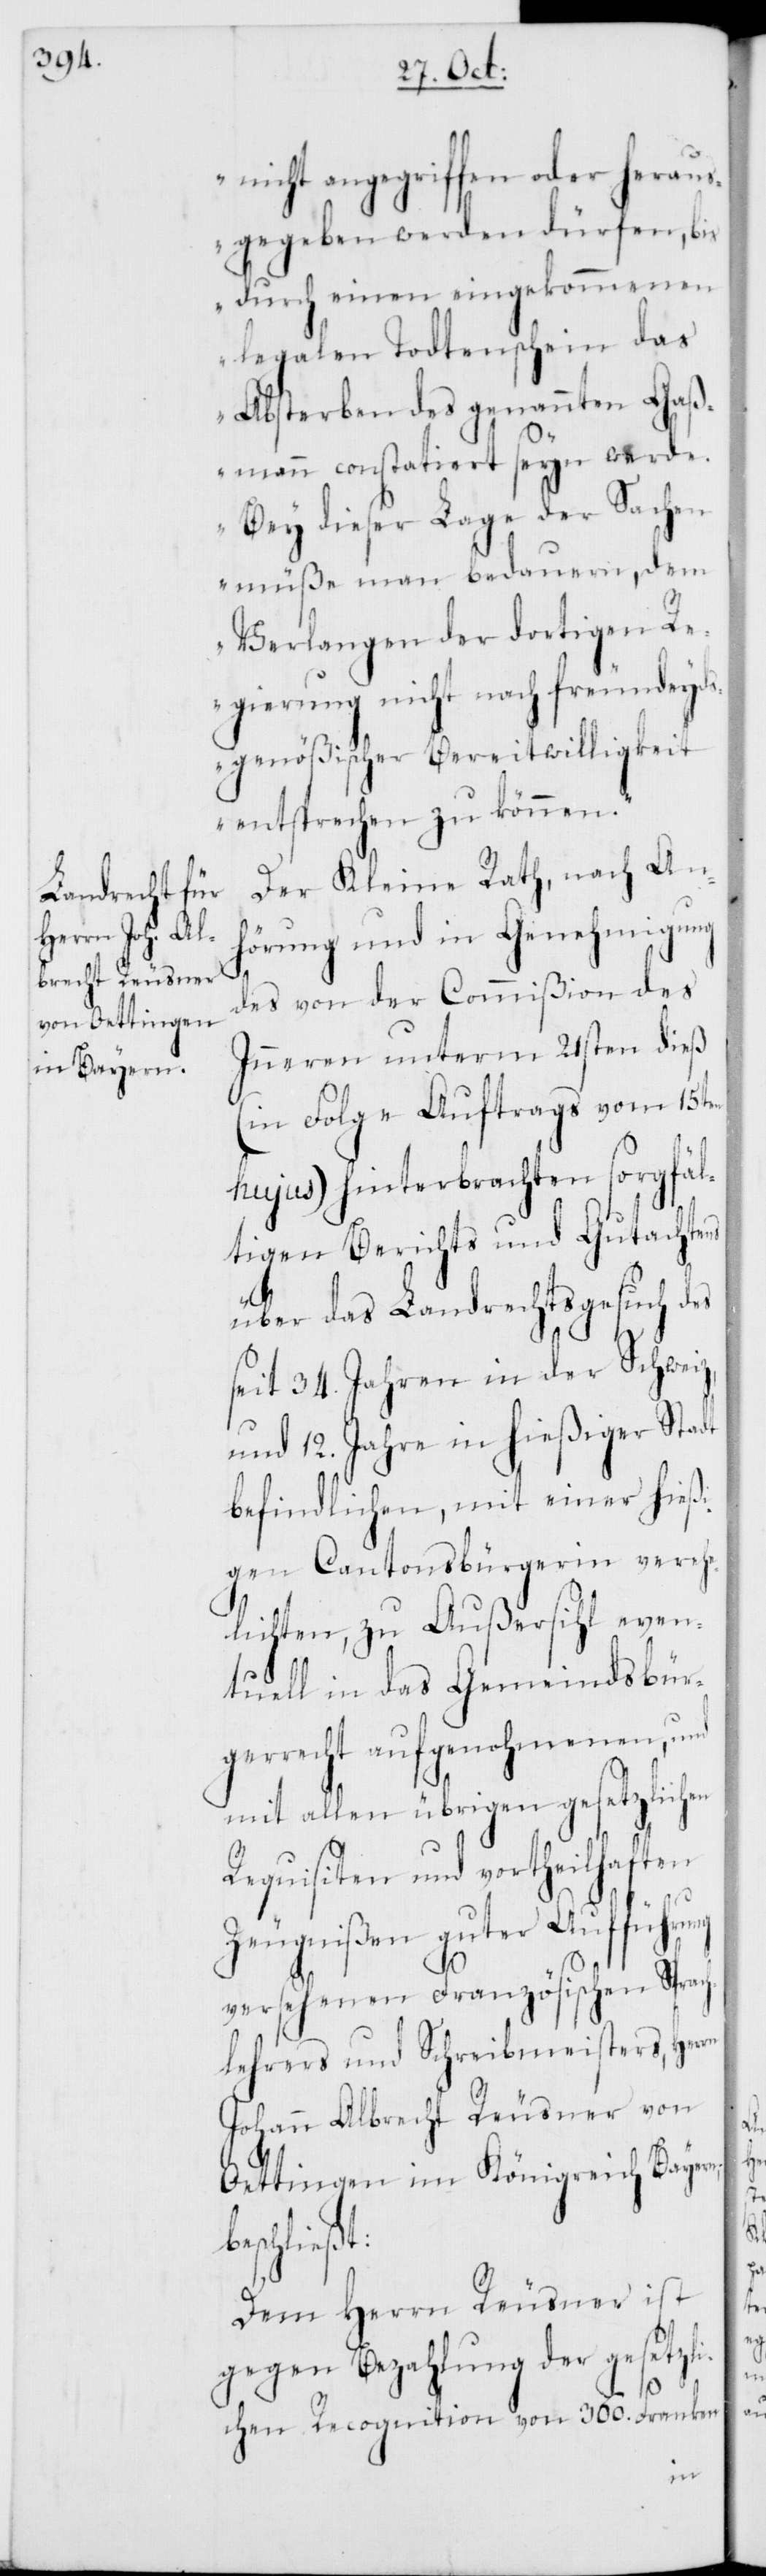
nicht angegriffen oder heraus¬
gegeben werden dürfen, bis
durch einen eingekommenen
legalen Todtenschein das
Absterben des genannten Gaß¬
mann constatiert seyn werde.
Bey dieser Lage der Sachen
müße man bedauern, dem
Verlangen der dortigen Re¬
gierung nicht nach freundeyd¬
sgenößischer Bereitwilligkeit
entsprechen zu können.
Der Kleine Rath, nach An¬
hörung und in Genehmigung
des von der Commißion des
Inneren unterm 21sten dieß
(in Folge Auftrags vom 15ten
hujus) hinterbrachten sorgfäl¬
tigen Berichts und Gutachtens
über das Landrechtsgesuch des
seit 34 Jahren in der Schweiz
und 12. Jahre in hießiger Stadt
befindlichen, mit einer hießi¬
gen Cantonsbürgerin verehe¬
lichten, zu Außersihl even¬
tuell in das Gemeindsbür¬
gerrecht aufgenohmenen, und
mit allen übrigen gesetzlichen
Requisiten und vortheilhaften
Zeugnißen guter Aufführung
versehenen Französischen Sprach¬
lehrers und Schreibmeisters, Her¬
Johann Albrecht Reusner von
Oettingen im Königreich Bayern,
beschließt:
Dem Herrn Reusner ist
gegen Bezahlung der gesetzli¬
chen Recognition von 360. Franken
rn